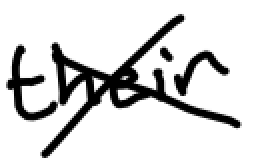
Text: their
Cross-out: cross
Writing tool: digital_black